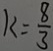
k = \frac { 8 } { 3 }